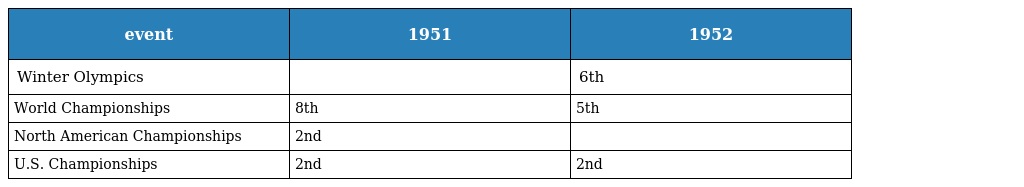
| event | 1951 | 1952 |
 | --- | --- | --- |
 | Winter Olympics |  | 6th |
 | World Championships | 8th | 5th |
 | North American Championships | 2nd |  |
 | U.S. Championships | 2nd | 2nd |